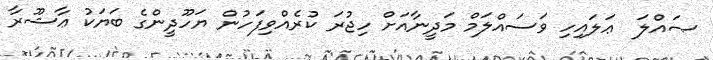
ޞައްލަ  ޢަލައިހި ވަސައްލަމް މަދީނާއަށް ހިޖުރަ ކުރެއްވިފަހުން ޔަހޫދީންގެ ބަޔަކު ޢާޝޫރާ